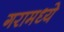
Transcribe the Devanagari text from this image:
गरामध्ये